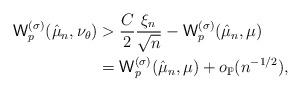
LaTeX: \begin{align*} {\sf W}_p^{(\sigma)}(\hat \mu_n,\nu_{\theta})&> \frac{C}{2}\frac{\xi_n}{\sqrt n}-{\sf W}_p^{(\sigma)}(\hat \mu_n,\mu) \\&= {\sf W}_p^{(\sigma)}(\hat \mu_n,\mu) + o_{\mathbb{P}}(n^{-1/2}),\end{align*}